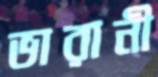
ভারানী